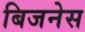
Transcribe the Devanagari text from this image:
बिजनेस